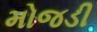
મોજડી